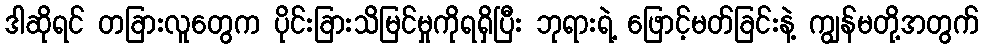
ဒါဆိုရင် တခြားလူတွေက ပိုင်းခြားသိမြင်မှုကိုရရှိပြီး ဘုရားရဲ့ ဖြောင့်မတ်ခြင်းနဲ့ ကျွန်မတို့အတွက်